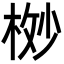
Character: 𬂸